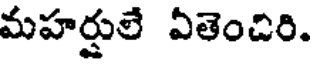
మహర్షులే ఏతెంచిరి.